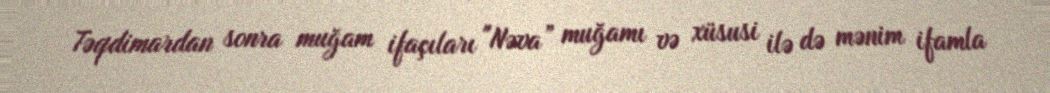
Təqdimardan sonra muğam ifaçıları "Nəva” muğamı və xüsusi ilə də mənim ifamla